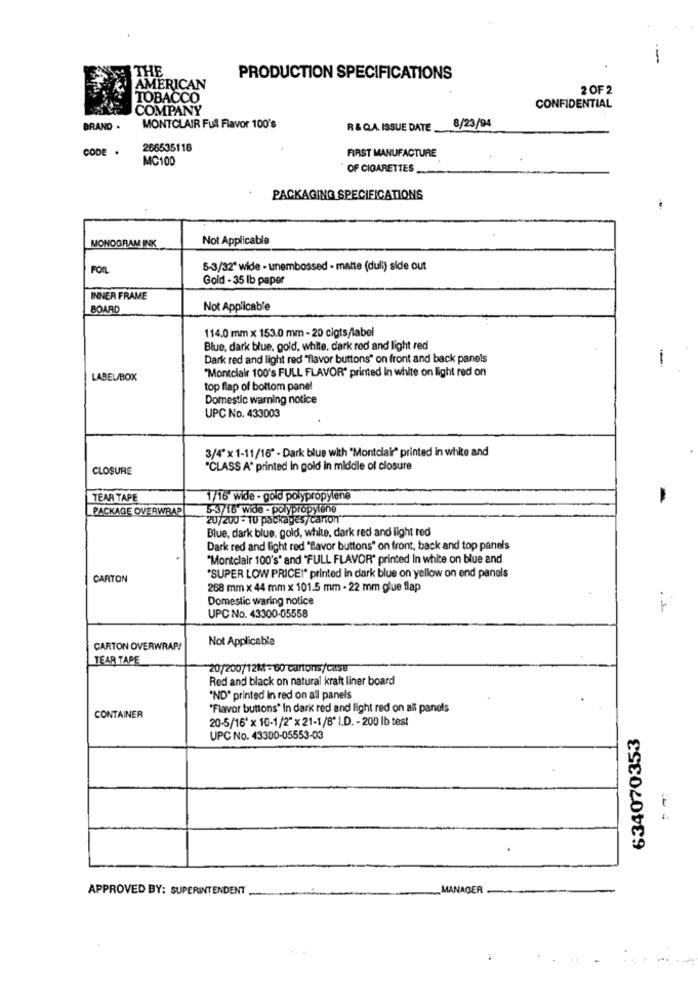
-
THE
PRODUCTION SPECIFICATIONS
AMERICAN
2 OF 2
TOBACCO
COMPANY
CONFIDENTIAL
BRAND .
MONTCLAIR Fullt Flavor 100's
R & Q.A. ISSUE DATE
8/23/94
CODE .
266535118
FIRST MANUFACTURE
MC100
OF CIGARETTES_
PACKAGING SPECIFICATIONS
Not Applicable
MONOGRAM INK
FORL
5-3/32" wide - unembossed - matte (duli) side out
Gold - 35 lb paper
INNER FRAME
BOARD
Not Applicable
114.0 mm x 153.0 mm - 20 cigts/label
Blue, dark blue, gold, white, dark red and light red
Dark red and light red "flavor buttons" on front and back panels
-
"Montclair 100's FULL FLAVOR" printed In white on light red on
LABEL/BOX
top flap of bottom panel
Domestic warning notice
UPC No. 433003
3/4" x 1-11/16" - Dark blue with "Montclair" printed in white and
CLOSURE
"CLASS A" printed In gold in middle of closure
TEAR TAPE
1/16 wide - gold polypropylene
PACKAGE OVERWRAP
5-3/16' wide - polypropylene
20/200 * 10 packages/canon
Blue, dark blue, gold, white, dark red and light red
Dark red and light red "flavor buttons" on front, back and top panels
"Montclair 100's" and "FULL FLAVOR" printed In white on blue and
CARTON
"SUPER LOW PRICE"" printed In dark blue on yellow on end panels
268 mm x 44 mm x 101.5 mm - 22 mm glue flap
Domestic waring notice
._-
UPC No. 43300-05558
Not Applicable
CARTON OVERWRAP!
TEAR TAPE
20/200/12M=60 cartons/casu
Red and black on natural kraft liner board
"ND" printed in red on all panels
"Flavor buttons" In dark red and light red on all panels
CONTAINER
20-5/16" x 10-1/2"x21-1/8" I.D. - 200 lb test
634070353
UPC No. 43300-05553-03
APPROVED BY: SUPERINTENDENT
MANAGER